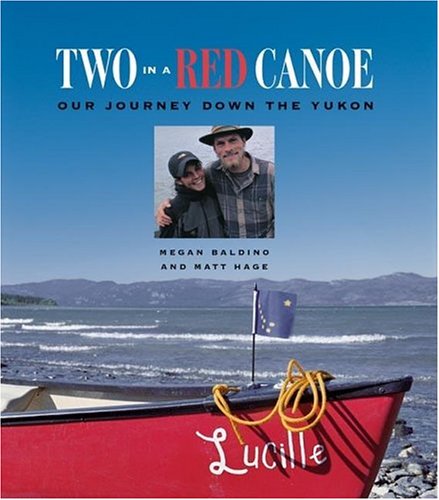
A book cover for Two in a Red Canoe: Our Journey Down the Yukon; Matt Hage; Travel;